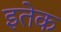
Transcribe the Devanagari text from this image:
इतेक